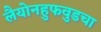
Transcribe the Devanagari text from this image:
लैयोनहुफवुडचा